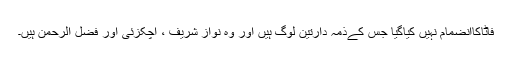
فاٹاکاانضمام نہیں کیاگیا جس کےذمہ دارتین لوگ ہیں اور وہ نواز شریف ، اچکزئی اور فضل الرحمن ہیں۔